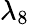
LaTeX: \lambda_{8}